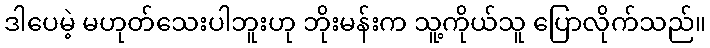
ဒါပေမဲ့ မဟုတ်သေးပါဘူးဟု ဘိုးမန်းက သူ့ကိုယ်သူ ပြောလိုက်သည်။